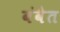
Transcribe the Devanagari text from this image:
बंवैत